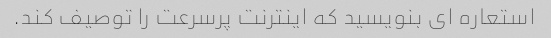
استعاره ای بنویسید که اینترنت پرسرعت را توصیف کند.